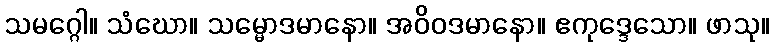
သမဂ္ဂေါ။ သံဃော။ သမ္မောဒမာနော။ အဝိဝဒမာနော။ ဧကုဒ္ဒေသော။ ဖာသု။